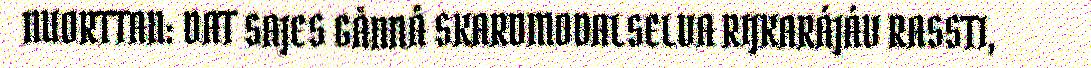
NUORTTAN: DAT SAJES GÅNNÅ SKARDMODALSELVA RIJKARÁJÁV RASSTI,